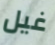
غيل